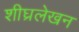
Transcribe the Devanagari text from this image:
शीघ्रलेखन